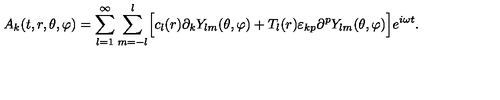
A _ { k } ( t , r , \theta , \varphi ) = \sum _ { l = 1 } ^ { \infty } \sum _ { m = - l } ^ { l } \Bigr [ c _ { l } ( r ) \partial _ { k } Y _ { l m } ( \theta , \varphi ) + T _ { l } ( r ) \varepsilon _ { k p } \partial ^ { p } Y _ { l m } ( \theta , \varphi ) \Bigr ] e ^ { i \omega t } .